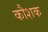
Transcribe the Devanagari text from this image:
कौशक